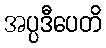
အပ္ပဒီပေတိ